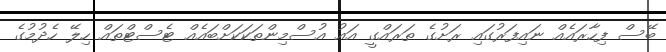
ބޭސް ފިހާރައެއް ނައިފަރުގައި ރަށުގެ ތަރައްގީ އައު އުސްމިންތަކަކަށްބައެއް ޓެސްޓްތައް ހިލޭ ހެދުމުގެ